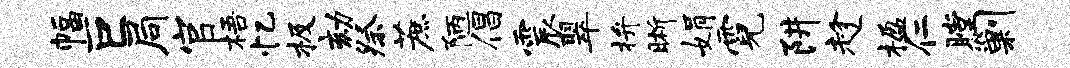
幅巨局官梧忆极劾祭蔗陋倡震翠拚晰娟霓阱趁楹仁瞠剿